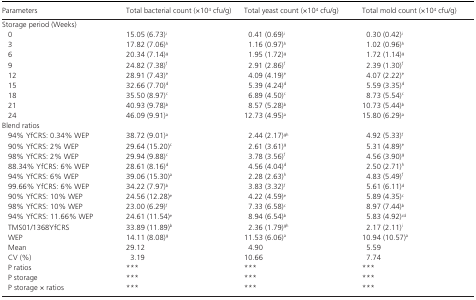
<table><thead><tr><td><b>Parameters</b></td><td><b>Total bacterial count (×10<sup>4</sup> cfu/g)</b></td><td><b>Total yeast count (×10<sup>4</sup> cfu/g)</b></td><td><b>Total mold count (×10<sup>4</sup> cfu/g)</b></td></tr></thead><tbody><tr><td colspan="4">Storage period (Weeks)</td></tr><tr><td> 0</td><td>15.05 (6.73)<sup>i</sup></td><td>0.41 (0.69)<sup>i</sup></td><td>0.30 (0.42)<sup>i</sup></td></tr><tr><td> 3</td><td>17.82 (7.06)<sup>h</sup></td><td>1.16 (0.97)<sup>h</sup></td><td>1.02 (0.96)<sup>h</sup></td></tr><tr><td> 6</td><td>20.34 (7.14)<sup>g</sup></td><td>1.95 (1.72)<sup>g</sup></td><td>1.72 (1.14)<sup>g</sup></td></tr><tr><td> 9</td><td>24.82 (7.38)<sup>f</sup></td><td>2.91 (2.86)<sup>f</sup></td><td>2.39 (1.30)<sup>f</sup></td></tr><tr><td> 12</td><td>28.91 (7.43)<sup>e</sup></td><td>4.09 (4.19)<sup>e</sup></td><td>4.07 (2.22)<sup>e</sup></td></tr><tr><td> 15</td><td>32.66 (7.70)<sup>d</sup></td><td>5.39 (4.24)<sup>d</sup></td><td>5.59 (3.35)<sup>d</sup></td></tr><tr><td> 18</td><td>35.50 (8.97)<sup>c</sup></td><td>6.89 (4.50)<sup>c</sup></td><td>8.73 (5.54)<sup>c</sup></td></tr><tr><td> 21</td><td>40.93 (9.78)<sup>b</sup></td><td>8.57 (5.28)<sup>b</sup></td><td>10.73 (5.44)<sup>b</sup></td></tr><tr><td> 24</td><td>46.09 (9.91)<sup>a</sup></td><td>12.73 (4.95)<sup>a</sup></td><td>15.80 (6.29)<sup>a</sup></td></tr><tr><td colspan="4">Blend ratios</td></tr><tr><td> 94% YfCRS: 0.34% WEP</td><td>38.72 (9.01)<sup>a</sup></td><td>2.44 (2.17)<sup>gh</sup></td><td>4.92 (5.33)<sup>f</sup></td></tr><tr><td> 90% YfCRS: 2% WEP</td><td>29.64 (15.20)<sup>c</sup></td><td>2.61 (3.61)<sup>g</sup></td><td>5.31 (4.89)<sup>e</sup></td></tr><tr><td> 98% YfCRS: 2% WEP</td><td>29.94 (9.88)<sup>c</sup></td><td>3.78 (3.56)<sup>f</sup></td><td>4.56 (3.90)<sup>g</sup></td></tr><tr><td> 88.34% YfCRS: 6% WEP</td><td>28.61 (8.16)<sup>d</sup></td><td>4.56 (4.04)<sup>d</sup></td><td>2.50 (2.71)<sup>h</sup></td></tr><tr><td> 94% YfCRS: 6% WEP</td><td>39.06 (15.30)<sup>a</sup></td><td>2.28 (2.63)<sup>h</sup></td><td>4.83 (5.49)<sup>f</sup></td></tr><tr><td> 99.66% YfCRS: 6% WEP</td><td>34.22 (7.97)<sup>b</sup></td><td>3.83 (3.32)<sup>f</sup></td><td>5.61 (6.11)<sup>d</sup></td></tr><tr><td> 90% YfCRS: 10% WEP</td><td>24.56 (12.28)<sup>e</sup></td><td>4.22 (4.59)<sup>e</sup></td><td>5.89 (4.35)<sup>c</sup></td></tr><tr><td> 98% YfCRS: 10% WEP</td><td>23.00 (6.29)<sup>f</sup></td><td>7.33 (6.58)<sup>c</sup></td><td>8.97 (7.44)<sup>b</sup></td></tr><tr><td> 94% YfCRS: 11.66% WEP</td><td>24.61 (11.54)<sup>e</sup></td><td>8.94 (6.54)<sup>b</sup></td><td>5.83 (4.92)<sup>cd</sup></td></tr><tr><td> TMS01/1368YfCRS</td><td>33.89 (11.89)<sup>b</sup></td><td>2.36 (1.79)<sup>gh</sup></td><td>2.17 (2.11)<sup>i</sup></td></tr><tr><td> WEP</td><td>14.11 (8.08)<sup>g</sup></td><td>11.53 (6.06)<sup>a</sup></td><td>10.94 (10.57)<sup>a</sup></td></tr><tr><td> Mean</td><td>29.12</td><td>4.90</td><td>5.59</td></tr><tr><td> CV (%)</td><td>3.19</td><td>10.66</td><td>7.74</td></tr><tr><td> <i>P</i> ratios</td><td>***</td><td>***</td><td>***</td></tr><tr><td> <i>P</i> storage</td><td>***</td><td>***</td><td>***</td></tr><tr><td> <i>P</i> storage × ratios</td><td>***</td><td>***</td><td>***</td></tr></tbody></table>